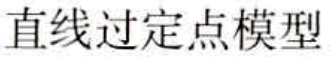
直线过定点模型